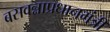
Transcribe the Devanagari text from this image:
बसवन्नाप्रधानमंत्री